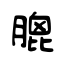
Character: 膍